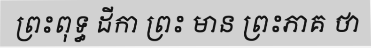
ព្រះពុទ្ធ ដីកា ព្រះ មាន ព្រះភាគ ថា